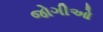
જોગીઓ